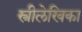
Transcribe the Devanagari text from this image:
स्त्रीलेखिका